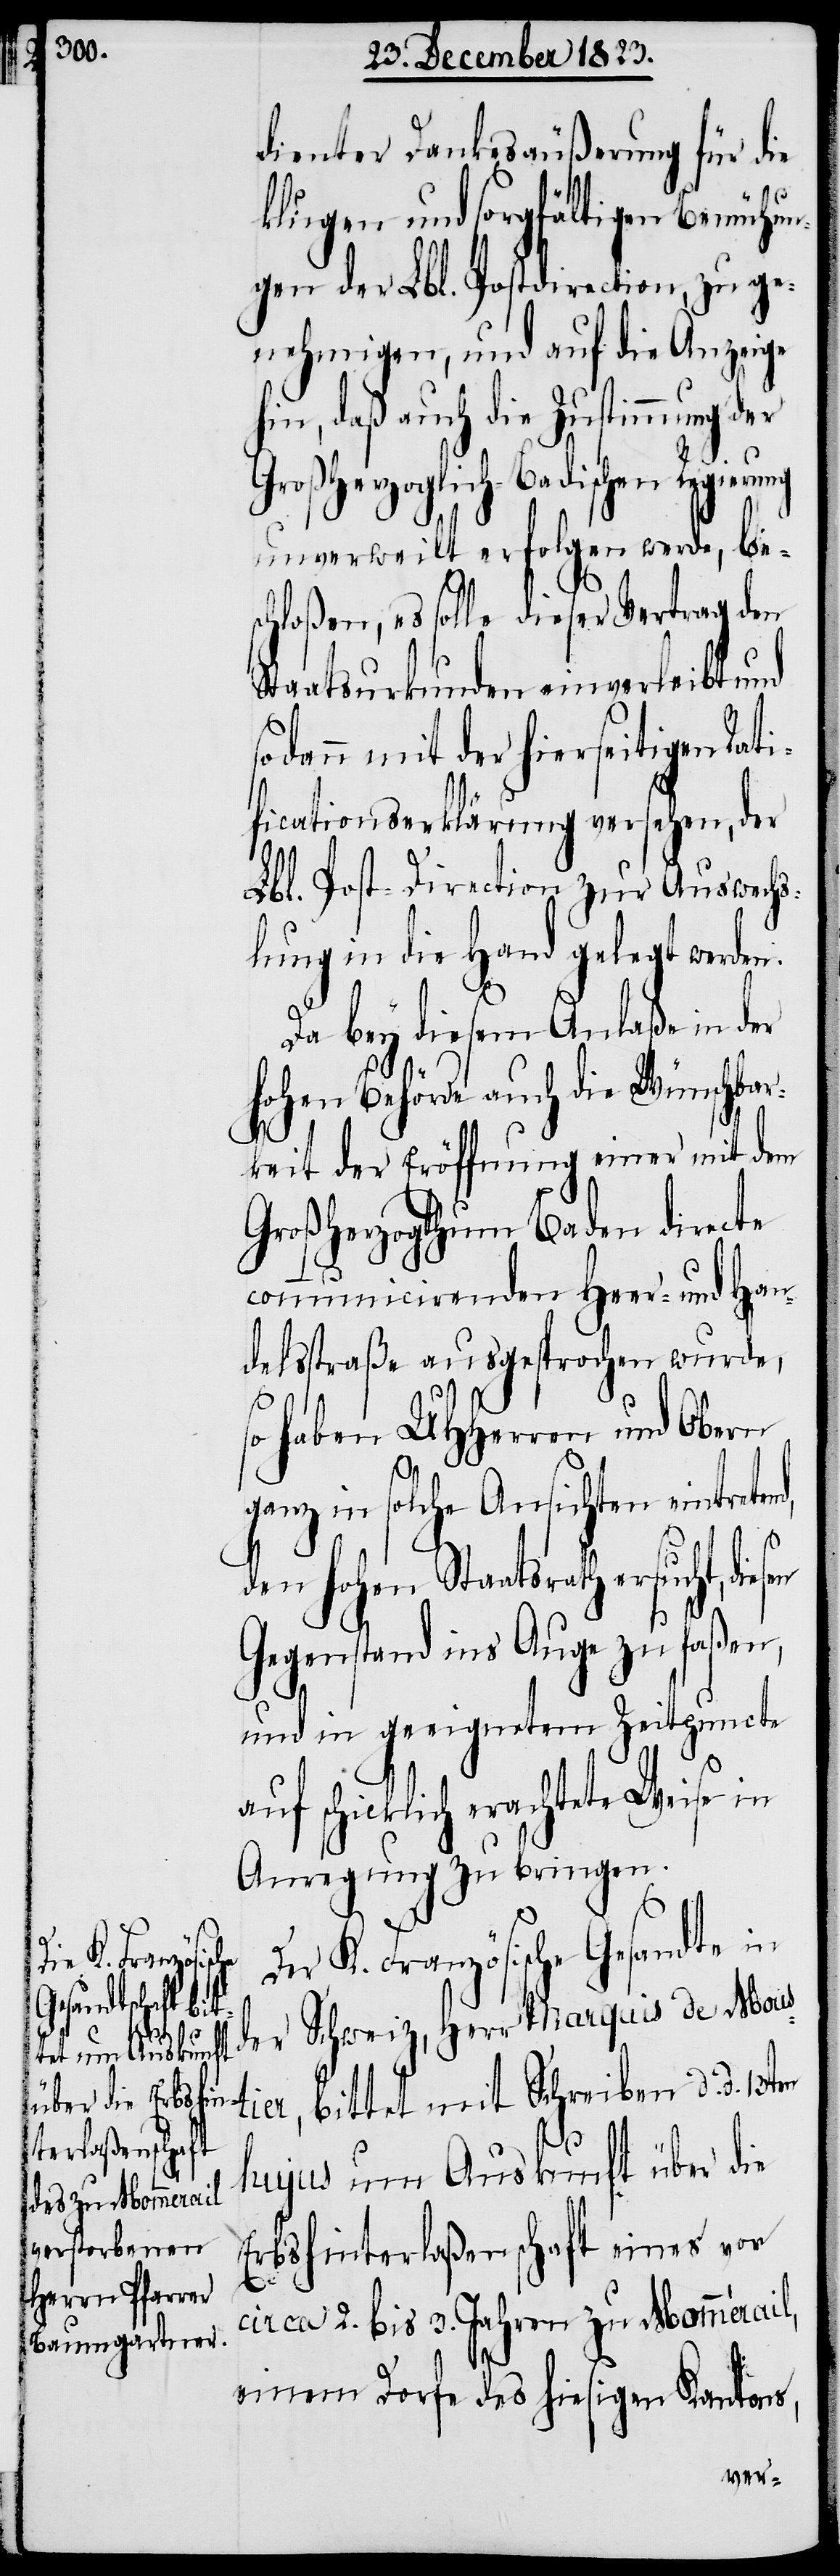
esen

dienter Dankesäußerung für die
klugen und sorgfältigen Bemühun¬
gen der Lbl. Postdirection, zu ge¬
nehmigen, und auf die Anzeige
in, daß auch die Zustimmung der
Großherzoglich-Badischen Reg¬
unverweilt erfolgen werde, bes¬
chloßen, es solle dieser Vertrag den
Staatsurkunden einverleibt und
sodann mit der hierseitigen Rat¬
ificationserklärung versehen, der
Lbl. Post-Direction zur Auswechs¬
lung in die Hand gelegt werde¬
Da bey diesem Anlaße in der
hohen Behörde auch die Wünschbar¬
keit der Eröffnung einer mit dem
Großherzogthum Baden directe
communicirenden Heer- und Han¬
delsstraße ausgesprochen wurde,
so haben UHHerren und Obern
ganz in solche Ansichten eintrete¬
den hohen Staatsrath ersucht, di¬
Gegenstand ins Auge zu faßen,
und in geeignetem Zeitpuncte
auf schicklich erachtete Weise in
Anregung zu bringen.
Der K. Französische Gesandte in
tet mit
d. d.
der Schweiz, Herr Marquis de Mou¬
hujus um Auskunft über die
Erbshinterlaßenschaft eines vor
circa 2. bis 3. Jahren zu Mommérail,
einem Dorfe des hiesigen Kantons,